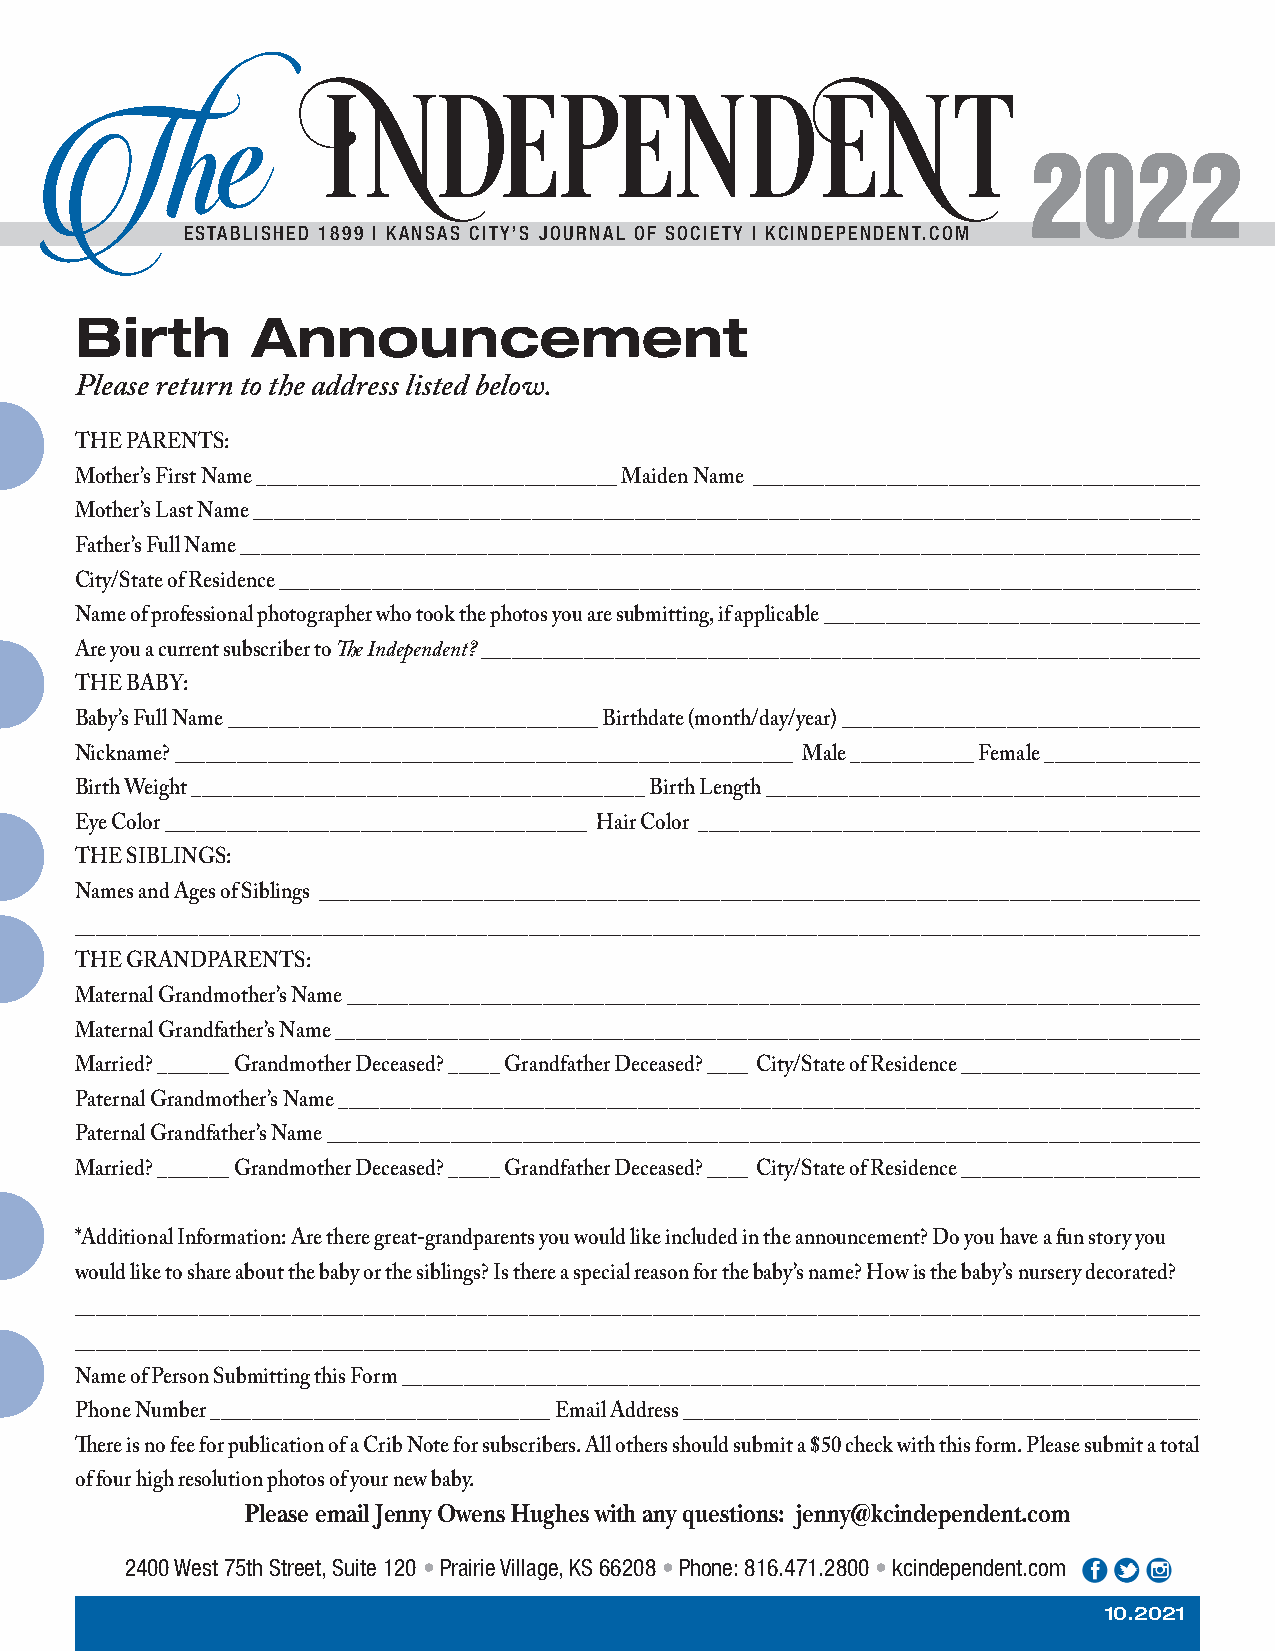
2022
 ESTABLISHED 1899 | KANSAS CITY’S JOURNAL OF SOCIETY | KCINDEPENDENT.COM
 Birth       Announcement
 Please return to the address listed below.
 THE PARENTS:
 Mother’s First Name ___________________________________ Maiden Name _______________________________________________
 Mother’s Last Name _______________________________________________________________________________________________
 Father’s Full Name _________________________________________________________________________________________________
 City/State of Residence _____________________________________________________________________________________________
 Name of professional photographer who took the photos you are submitting, if applicable _______________________________________
 The Independent?
 Are you a current subscriber to _______________________________________________________________________
 THE BABY:
 Baby’s Full Name ____________________________________ Birthdate (month/day/year) ______________________________________
 Nickname? ____________________________________________________________ Male ____________ Female __________________
 Birth Weight ____________________________________________ Birth Length ______________________________________________
 Eye Color _________________________________________ Hair Color ____________________________________________________
 THE SIBLINGS:
 Names and Ages of Siblings _________________________________________________________________________________________
 _________________________________________________________________________________________________________________
 THE GRANDPARENTS:
 Maternal Grandmother’s Name ______________________________________________________________________________________
 Maternal Grandfather’s Name _______________________________________________________________________________________
 Married? _______ Grandmother Deceased? _____ Grandfather Deceased? ____ City/State of Residence ___________________________
 Paternal Grandmother’s Name _______________________________________________________________________________________
 Paternal Grandfather’s Name _______________________________________________________________________________________
 Married? _______ Grandmother Deceased? _____ Grandfather Deceased? ____ City/State of Residence ___________________________
 *Additional Information: Are there great-grandparents you would like included in the announcement? Do you have a fun story you
 would like to share about the baby or the siblings? Is there a special reason for the baby’s name? How is the baby’s nursery decorated?
 _________________________________________________________________________________________________________________
 _________________________________________________________________________________________________________________
 Name of Person Submitting this Form _________________________________________________________________________________
 Phone Number _________________________________ Email Address ______________________________________________________
 There is no fee for publication of a Crib Note for subscribers. All others should submit a $50 check with this form. Please submit a total of
 of four high resolution photos of your new baby.
 Please email Jenny Owens Hughes with any questions: jenny@kcindependent.com
 2400 West 75th Street, Suite 120 • Prairie Village, KS 66208 • Phone: 816.471.2800 • kcindependent.com
 10.2021